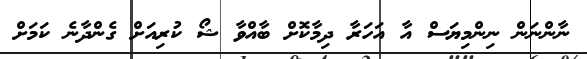
ނާންނަން ނިންމިޔަސް އާ އަހަރާ ދިމާކޮށް ބާއްވާ ޝޯ ކުރިއަށް ގެންދާނެ ކަމަށް